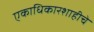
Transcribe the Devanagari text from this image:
एकाधिकारशाहीचे